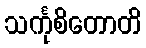
သင်္ကုစိတောတိ